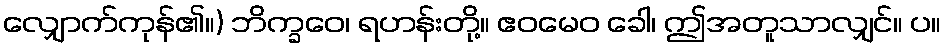
လျှောက်ကုန်၏။) ဘိက္ခဝေ၊ ရဟန်းတို့။ ဧဝမေဝ ခေါ၊ ဤအတူသာလျှင်။ ပ။